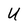
Character: U